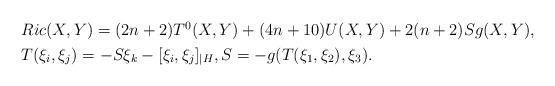
LaTeX: \begin{align*} \begin{aligned} & Ric(X,Y) =(2n+2)T^0(X,Y)+(4n+10)U(X,Y)+2(n+2)Sg(X,Y),\\ &T(\xi_{i},\xi_{j})=-S\xi_{k}-[\xi_{i},\xi_{j}]_{|H}, S =-g(T(\xi_1,\xi_2),\xi_3).\end{aligned}\end{align*}